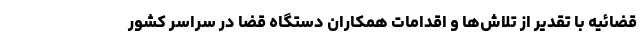
قضائیه با تقدیر از تلاش‌ها و اقدامات همکاران دستگاه قضا در سراسر کشور